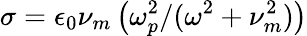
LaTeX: \sigma=\epsilon_{0}\nu_{m}\left(\omega_{p}^{2}/(\omega^{2}+\nu_{m}^{2})\right)